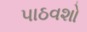
પાઠવશો